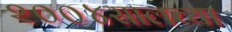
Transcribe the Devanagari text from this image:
२००४सालच्या